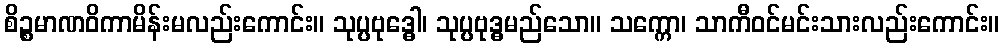
စိဉ္စမာဏဝိကာမိန်းမလည်းကောင်း။ သုပ္ပဗုဒ္ဓေါ၊ သုပ္ပဗုဒ္ဓမည်သော။ သက္ကော၊ သာကီဝင်မင်းသားလည်းကောင်း။